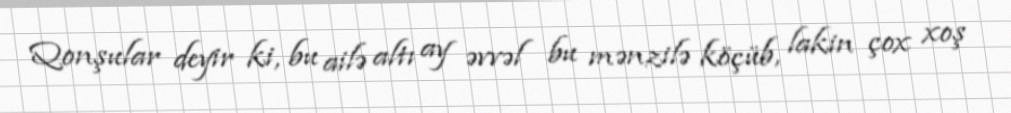
Qonşular deyir ki, bu ailə altı ay əvvəl bu mənzilə köçüb, lakin çox xoş